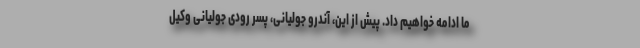
ما ادامه خواهیم داد. پیش از این، آندرو جولیانی، پسر رودی جولیانی وکیل